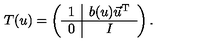
T ( u ) = \left( \begin{array} { c | c } { 1 } & { b ( u ) \vec { u } ^ { \mathrm { T } } } \\ \hline { 0 } & { I } \\ \end{array} \right) .